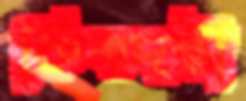
কিম্বদন্তী